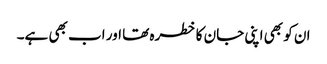
ان کو بھی اپنی جان کا خطرہ تھا اور اب بھی ہے۔